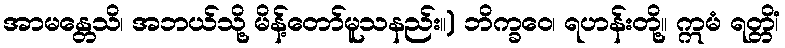
အာမန္တေသိ၊ အဘယ်သို့ မိန့်တော်မူသနည်း။) ဘိက္ခဝေ၊ ရဟန်းတို့။ ဣမံ ရတ္တိံ၊